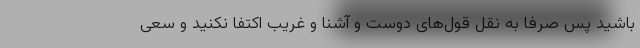
باشید پس صرفا به نقل قول‌های دوست و آشنا و غریب اکتفا نکنید و سعی